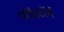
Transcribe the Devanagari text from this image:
नॉर्डस्टॉर्म